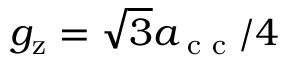
g _ { \mathrm { z } } = \sqrt { 3 } a _ { \textnormal { c c } } / 4